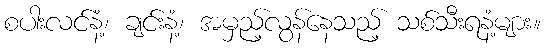
စပါးလင်နံ့၊ ချင်းနံ့၊ အမှည့်လွန်နေသည့် သစ်သီးရနံ့များ။